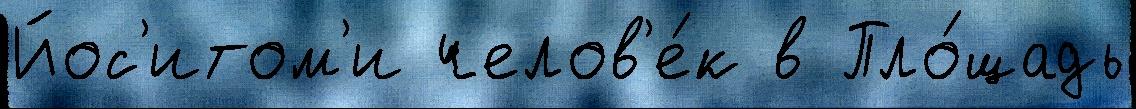
Йос'итом'и челов'е́к в Пло́щадь